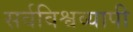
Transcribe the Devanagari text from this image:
सर्वविश्वव्यापी